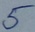
Text: 5